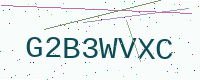
Text: G2B3WVXC